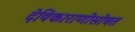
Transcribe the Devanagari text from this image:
देविकाराणीसोबत